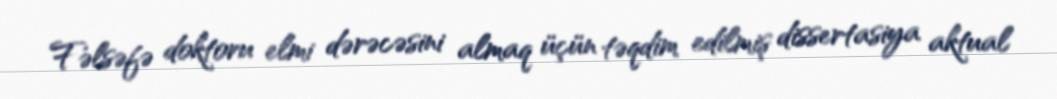
Fəlsəfə doktoru elmi dərəcəsini almaq üçün təqdim edilmiş dissertasiya aktual